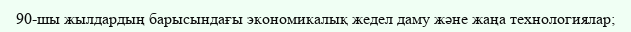
90-шы жылдардың барысындағы экономикалық жедел даму және жаңа технологиялар;